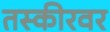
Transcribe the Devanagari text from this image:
तस्कीरवर